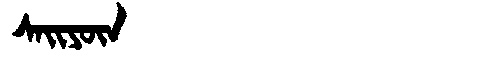
Manchu: ᠰᠠᡳᠶᡡᠨ
Romanization: SAIYŪN